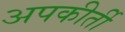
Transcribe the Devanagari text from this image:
अपकीर्ती